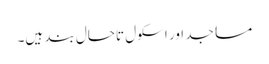
مساجد اور اسکول تاحال بند ہیں۔